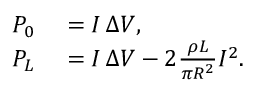
\begin{array} { r l } { P _ { 0 } } & { { } = I \, \Delta V , } \\ { P _ { L } } & { { } = I \, \Delta V - 2 \frac { \rho L } { \pi R ^ { 2 } } I ^ { 2 } . } \end{array}